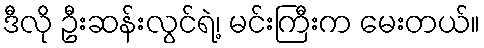
ဒီလို ဦးဆန်းလွင်ရဲ့၊ မင်းကြီးက မေးတယ်။